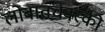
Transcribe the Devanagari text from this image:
लोबातचेवस्की